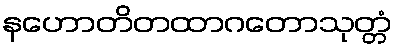
နဟောတိတထာဂတောသုတ္တံ